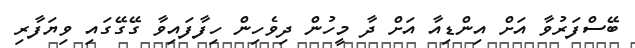
ބޭސްފަރުވާ އަށް އިންޑިއާ އަށް ދާ މީހުން ދިވެހިން ހިފާފައިވާ ގޭގޭގައި ވިޔަފާރި